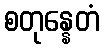
စတုန္နေတံ